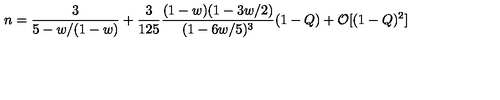
n = \frac { 3 } { 5 - w / ( 1 - w ) } + \frac { 3 } { 1 2 5 } \frac { ( 1 - w ) ( 1 - 3 w / 2 ) } { ( 1 - 6 w / 5 ) ^ { 3 } } ( 1 - Q ) + \mathcal { O } [ ( 1 - Q ) ^ { 2 } ]